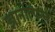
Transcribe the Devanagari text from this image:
ज्ञानोत्पन्न